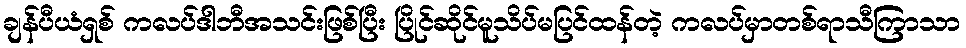
ချန်ပီယံရှစ် ကလပ်ဒါဘီအသင်းဖြစ်ပြီး ပြိုင်ဆိုင်မူသိပ်မပြင်ထန်တဲ့ ကလပ်မှာတစ်ရာသီကြာသာ